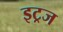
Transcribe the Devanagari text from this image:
इट्रज